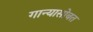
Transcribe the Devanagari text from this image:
गान्यासोबत